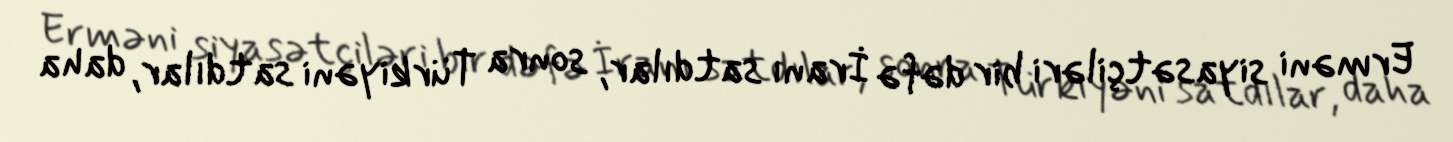
Erməni siyasətçiləri bir dəfə İranı satdılar, sonra Türkiyəni satdılar, daha